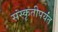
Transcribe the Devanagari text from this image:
संस्कृतीपर्यंत